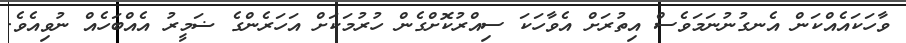
ވާހަކައެއްކަން އެނގުނުނަމަވެސް އިތުރަށް އެވާހަކަ ސިއްރުކޮށްގެން ހުރުމަކަށް އަހަރެންގެ ޟަމީރު އެއްބަހެއް ނުވިއެވެ.